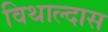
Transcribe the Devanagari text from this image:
विथाल्दास